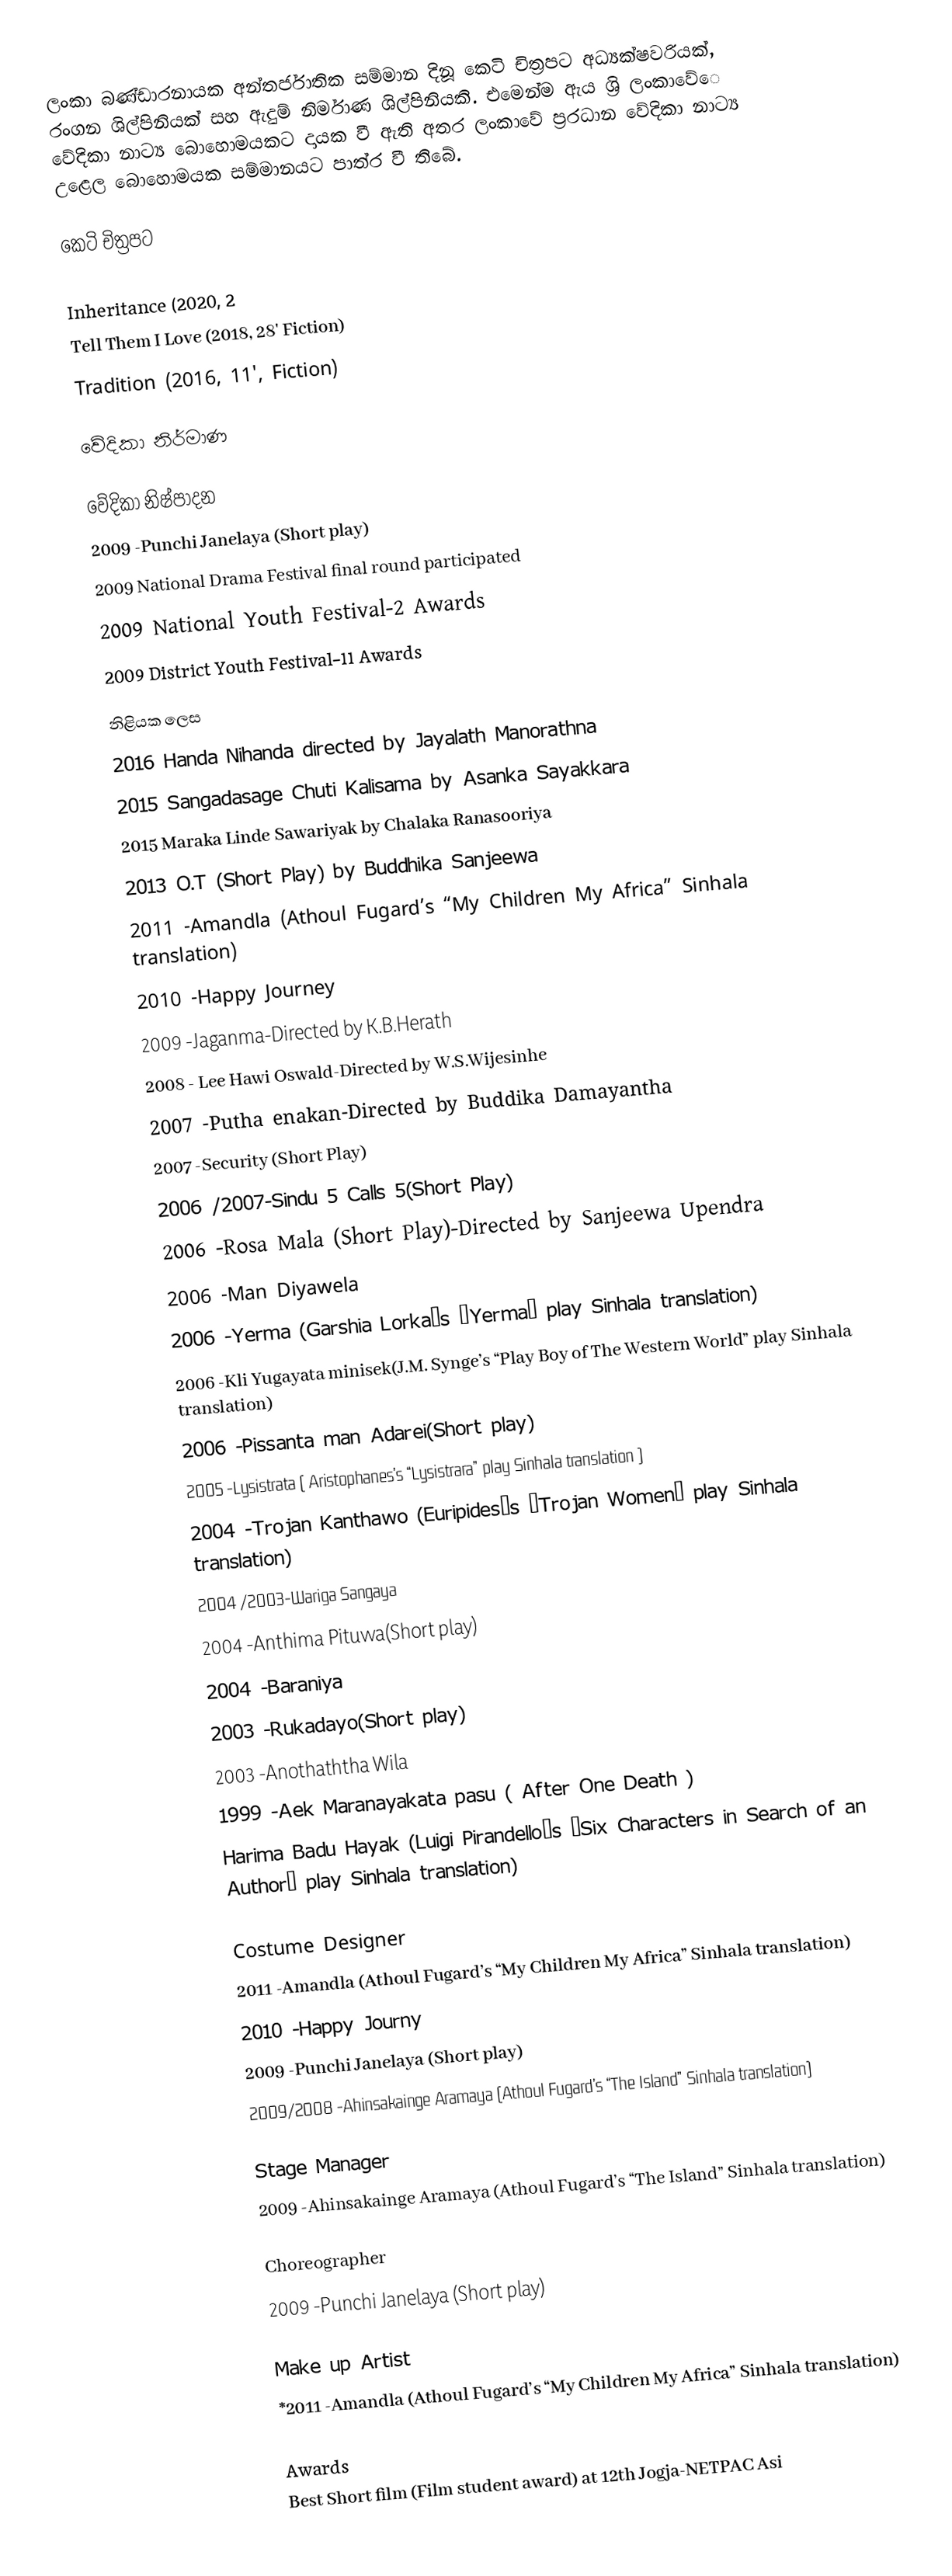
ලංකා බණ්ඩාරනායක අන්තර්ජාතික සම්මාන දිනූ කෙටි චිත්‍රපට අධ්‍යක්ෂවරියක්, රංගන ශිල්පිනියක් සහ ඇදුම් නිර්මාණ ශිල්පිනියකි. එමෙන්ම ඇය ශ්‍රි ලංකාවේ‍ෙ වේදිකා නාට්‍ය බොහොමයකට දායක වී ඇති අතර ලංකාවේ ප්‍රරධාන වේදිකා නාට්‍ය උළෙල බොහොමයක සම්මානයට පාත්ර වී තිබේ.

කෙටි චිත්‍රපට

Inheritance (2020, 2
Tell Them I Love (2018, 28' Fiction)
Tradition (2016, 11', Fiction)

වේදිකා නිර්මාණ

වේදිකා නිෂ්පාදන
2009 -Punchi Janelaya (Short play)
2009 National Drama Festival final round participated
2009 National Youth Festival-2 Awards
2009 District Youth Festival-11 Awards

නිළියක ලෙස
2016    Handa Nihanda directed by Jayalath Manorathna
2015    Sangadasage Chuti Kalisama by Asanka Sayakkara
2015    Maraka Linde Sawariyak by Chalaka Ranasooriya
2013    O.T (Short Play) by Buddhika Sanjeewa
2011 	-Amandla (Athoul Fugard’s “My Children My Africa” Sinhala translation)
2010 	-Happy Journey
2009 	-Jaganma-Directed by K.B.Herath
2008 	- Lee Hawi Oswald-Directed by W.S.Wijesinhe
2007 	-Putha enakan-Directed by Buddika Damayantha
2007 	-Security (Short Play)
2006 /2007-Sindu 5 Calls 5(Short Play)
2006 	-Rosa Mala (Short Play)-Directed by Sanjeewa Upendra
2006 	-Man Diyawela
2006 	-Yerma (Garshia Lorka’s “Yerma” play Sinhala translation)
2006 	-Kli Yugayata minisek(J.M. Synge’s “Play Boy of The Western World” play Sinhala translation)
2006 	-Pissanta man Adarei(Short play)
2005 	-Lysistrata ( Aristophanes’s “Lysistrara” play Sinhala translation  )
2004 	-Trojan Kanthawo (Euripides’s “Trojan Women” play Sinhala translation)
2004 /2003-Wariga Sangaya
2004 	-Anthima Pituwa(Short play)
2004 	-Baraniya
2003 	-Rukadayo(Short play)
2003 	-Anothaththa Wila
1999 	-Aek Maranayakata pasu ( After One Death  )
               Harima Badu Hayak (Luigi Pirandello’s “Six Characters in Search of an Author” play Sinhala translation)

Costume Designer
2011 	-Amandla (Athoul Fugard’s “My Children My Africa” Sinhala translation)
2010 	-Happy Journy
2009 	-Punchi Janelaya (Short play)
2009/2008 -Ahinsakainge Aramaya (Athoul Fugard’s “The Island” Sinhala translation)

Stage Manager
2009 -Ahinsakainge Aramaya (Athoul Fugard’s “The Island” Sinhala translation)

Choreographer
2009 -Punchi Janelaya (Short play)

Make up Artist
	*2011 -Amandla (Athoul Fugard’s “My Children My Africa” Sinhala translation)

Awards
Best Short film (Film student award) at 12th Jogja-NETPAC Asi